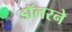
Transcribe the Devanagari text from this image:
डॉलरने